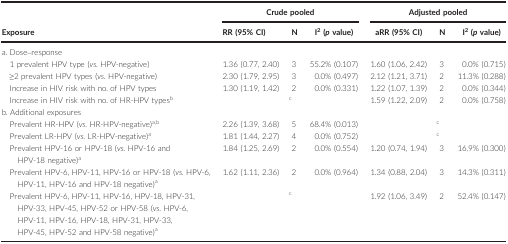
<table><thead><tr><td rowspan="2"><b>Exposure</b></td><td colspan="3"><b>Crude pooled</b></td><td colspan="3"><b>Adjusted pooled</b></td></tr><tr><td><b>RR (95% CI)</b></td><td><b>N</b></td><td><b>I<sup>2</sup> (<i>p</i> value)</b></td><td><b>aRR (95% CI)</b></td><td><b>N</b></td><td><b>I<sup>2</sup> (<i>p</i> value)</b></td></tr></thead><tbody><tr><td colspan="7">a. Dose–response</td></tr><tr><td>1 prevalent HPV type (<i>vs</i>. HPV‐negative)</td><td>1.36 (0.77, 2.40)</td><td>3</td><td>55.2% (0.107)</td><td>1.60 (1.06, 2.42)</td><td>3</td><td>0.0% (0.715)</td></tr><tr><td>≥2 prevalent HPV types (<i>vs</i>. HPV‐negative)</td><td>2.30 (1.79, 2.95)</td><td>3</td><td>0.0% (0.497)</td><td>2.12 (1.21, 3.71)</td><td>2</td><td>11.3% (0.288)</td></tr><tr><td>Increase in HIV risk with no. of HPV types</td><td>1.30 (1.19, 1.42)</td><td>2</td><td>0.0% (0.331)</td><td>1.22 (1.07, 1.39)</td><td>2</td><td>0.0% (0.344)</td></tr><tr><td>Increase in HIV risk with no. of HR‐HPV typesb</td><td></td><td>c</td><td></td><td>1.59 (1.22, 2.09)</td><td>2</td><td>0.0% (0.758)</td></tr><tr><td colspan="7">b. Additional exposures</td></tr><tr><td>Prevalent HR‐HPV (<i>vs</i>. HR‐HPV‐negative)a<sup>,</sup>b</td><td>2.26 (1.39, 3.68)</td><td>5</td><td>68.4% (0.013)</td><td></td><td>c</td><td></td></tr><tr><td>Prevalent LR‐HPV (<i>vs</i>. LR‐HPV‐negative)a</td><td>1.81 (1.44, 2.27)</td><td>4</td><td>0.0% (0.752)</td><td></td><td>c</td><td></td></tr><tr><td>Prevalent HPV‐16 or HPV‐18 (<i>vs</i>. HPV‐16 and HPV‐18 negative)a</td><td>1.84 (1.25, 2.69)</td><td>2</td><td>0.0% (0.554)</td><td>1.20 (0.74, 1.94)</td><td>3</td><td>16.9% (0.300)</td></tr><tr><td>Prevalent HPV‐6, HPV‐11, HPV‐16 or HPV‐18 (<i>vs</i>. HPV‐6, HPV‐11, HPV‐16 and HPV‐18 negative)a</td><td>1.62 (1.11, 2.36)</td><td>2</td><td>0.0% (0.964)</td><td>1.34 (0.88, 2.04)</td><td>3</td><td>14.3% (0.311)</td></tr><tr><td>Prevalent HPV‐6, HPV‐11, HPV‐16, HPV‐18, HPV‐31, HPV‐33, HPV‐45, HPV‐52 or HPV‐58 (<i>vs</i>. HPV‐6, HPV‐11, HPV‐16, HPV‐18, HPV‐31, HPV‐33, HPV‐45, HPV‐52 and HPV‐58 negative)a</td><td></td><td>c</td><td></td><td>1.92 (1.06, 3.49)</td><td>2</td><td>52.4% (0.147)</td></tr></tbody></table>